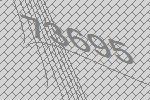
73695